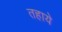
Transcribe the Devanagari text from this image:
तहाये